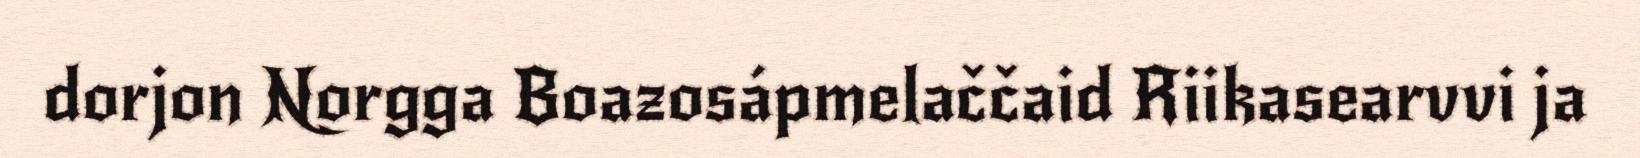
dorjon Norgga Boazosápmelaččaid Riikasearvvi ja